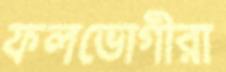
ফলভোগীরা